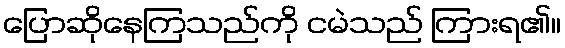
ပြောဆိုနေကြသည်ကို ငမဲသည် ကြားရ၏။